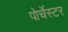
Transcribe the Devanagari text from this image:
पोर्चेस्टर